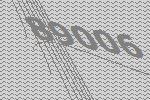
89006